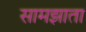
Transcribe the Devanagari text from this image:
सामझाता